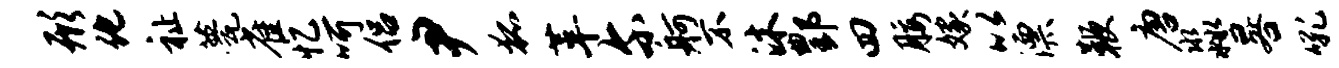
形化祉甍雀忆呵侣尹狐革尔舸不沐酆四腰嫁以漂鞭唐淼晷吼